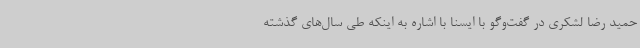
حمید رضا لشکری در گفت‌وگو با ایسنا با اشاره به اینکه طی سال‌های گذشته